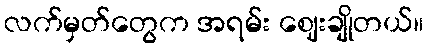
လက်မှတ်တွေက အရမ်း ဈေးချိုတယ်။